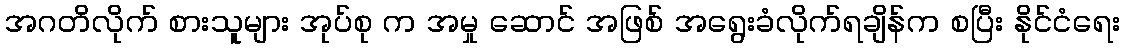
အဂတိလိုက် စားသူများ အုပ်စု က အမှု ဆောင် အဖြစ် အရွေးခံလိုက်ရချိန်က စပြီး နိုင်ငံရေး